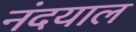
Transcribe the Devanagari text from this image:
नंदयाल